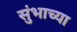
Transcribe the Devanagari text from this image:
सुंभाच्या